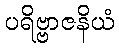
ပရိဗ္ဗာဇနိယံ